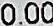
0.00